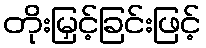
တိုးမြှင့်ခြင်းဖြင့်